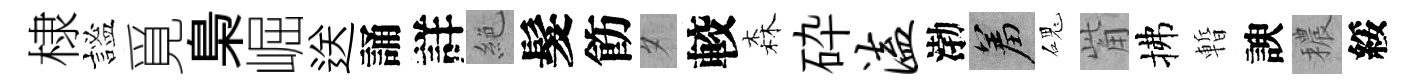
棣謐覓梟崛送誦詳絶髮飭夕較森砕溘渤羞磈觜拂暫諛穠綏